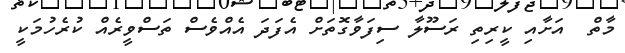
މާތް  އަށާއި ކީރިތި ރަސޫލާ ސިފަވާގޮތަށް އެފަދަ އެއްވެސް ތަސްވީރެއް ކުރެހުމަކީ